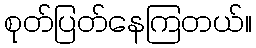
စုတ်ပြတ်နေကြတယ်။